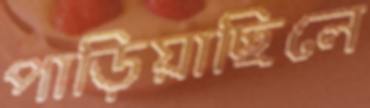
পাড়িয়াছিলে